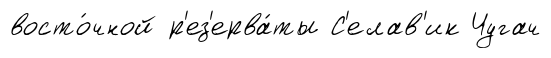
восто́чной р'ез'ерва́ты С'елав'ик Чугач